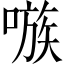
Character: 嗾